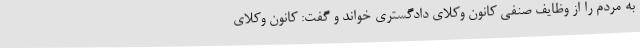
به مردم را از وظایف صنفی کانون وکلای دادگستری خواند و گفت: کانون وکلای